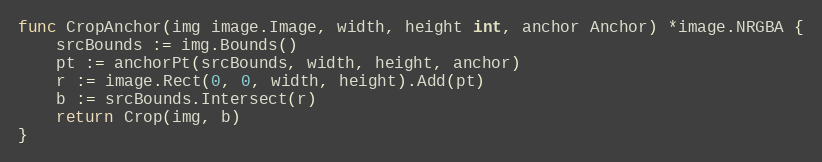
Language: Go
func CropAnchor(img image.Image, width, height int, anchor Anchor) *image.NRGBA {
	srcBounds := img.Bounds()
	pt := anchorPt(srcBounds, width, height, anchor)
	r := image.Rect(0, 0, width, height).Add(pt)
	b := srcBounds.Intersect(r)
	return Crop(img, b)
}